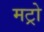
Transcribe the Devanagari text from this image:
मट्रो